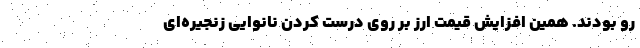
رو بودند. همین افزایش قیمت ارز بر روی درست کردن نانوایی زنجیره‌ای